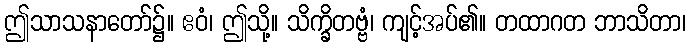
ဤသာသနာတော်၌။ ဧဝံ၊ ဤသို့။ သိက္ခိတဗ္ဗံ၊ ကျင့်အပ်၏။ တထာဂတ ဘာသိတာ၊